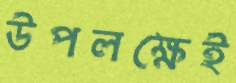
উপলক্ষেই